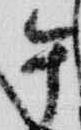
午